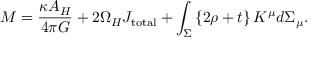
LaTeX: M = { \frac { \kappa A _ { H } } { 4 \pi G } } + 2 \Omega _ { H } J _ { \mathrm { t o t a l } } + \int _ { \Sigma } \left\{ 2 \rho + t \right\} K ^ { \mu } d \Sigma _ { \mu } .